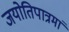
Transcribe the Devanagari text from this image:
जयोतिपात्रमां